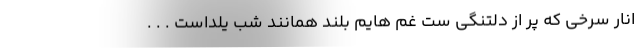
انار سرخی که پر از دلتنگی ست غم هایم بلند همانند شب یلداست . . .